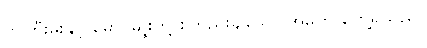
ဘကြီးမိုးနှင့် မောင်မျိုးတို့ စတည်းချသော အိမ်ကို တွေ့ရှိသည်။